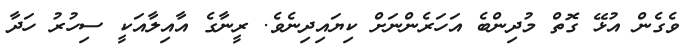
ވެގެން އުޅޭ ގޮތް މުދިންބެ އަހަރެންނަށް ކިޔައިދިނެވެ. ރީނާގެ އާއިލާއަކީ ސިހުރު ހަދާ